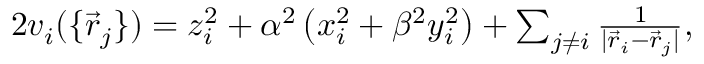
\begin{array} { r } { 2 v _ { i } ( \{ \vec { r } _ { j } \} ) = z _ { i } ^ { 2 } + \alpha ^ { 2 } \left( x _ { i } ^ { 2 } + \beta ^ { 2 } y _ { i } ^ { 2 } \right) + \sum _ { j \neq i } \frac { 1 } { | \vec { r } _ { i } - \vec { r } _ { j } | } , } \end{array}